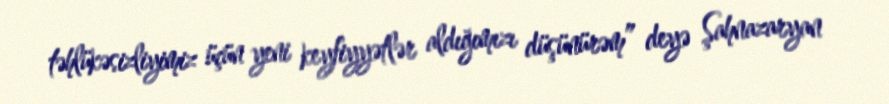
təhlükəsizliyimiz üçün yeni keyfiyyətlər aldığımızı düşünürəm” deyə Şahnazaryan